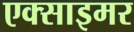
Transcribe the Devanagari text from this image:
एक्‍साइमर